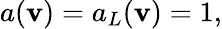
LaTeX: a(\mathbf v)=a_{L}(\mathbf v)=1,